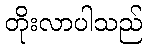
တိုးလာပါသည်